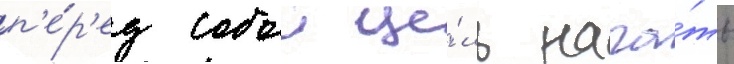
п'е́р'ед собои це́ль нача́ть